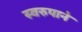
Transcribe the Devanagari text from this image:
स्वरुपाने